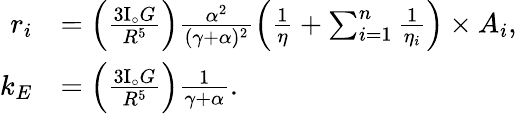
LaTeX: \begin{array}{rl}{r_{i}}&{=\left(\frac{3\mathrm{I}_{\circ}G}{R^{5}}\right)\frac{\alpha^{2}}{(\gamma+\alpha)^{2}}\left(\frac{1}{\eta}+\sum_{i=1}^{n}\frac{1}{\eta_{i}}\right)\times A_{i},}\\ {k_{E}}&{=\left(\frac{3\mathrm{I}_{\circ}G}{R^{5}}\right)\frac{1}{\gamma+\alpha}.}\end{array}